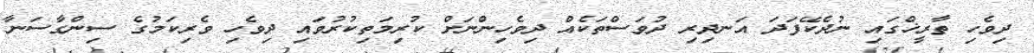
ދިވެހި ތާރީޚްގައި ނުދެކޭފަދަ އަނދިރި ދުވަސްތަކެއް ދިވެހިންނަށް ކުރިމަތިކުރުވައި ދިވެހި ވެރިކަމުގެ ސިންގާސަނާ